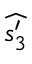
\widehat { s _ { 3 } ^ { \prime } }